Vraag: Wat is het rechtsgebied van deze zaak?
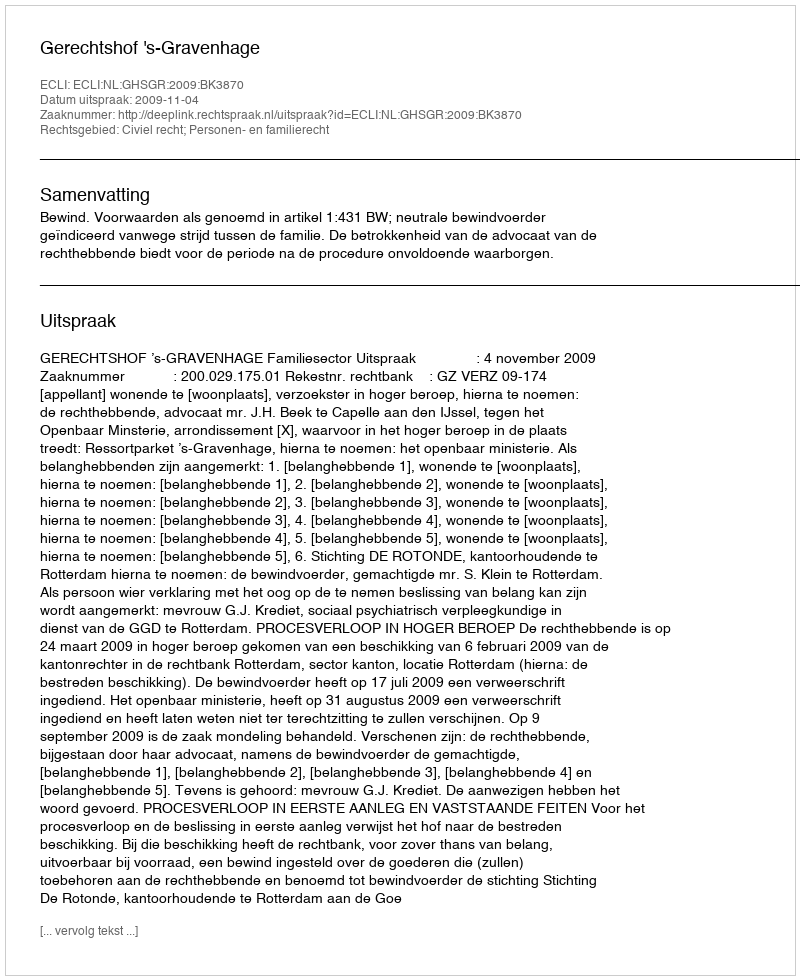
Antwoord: Civiel recht; Personen- en familierecht